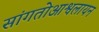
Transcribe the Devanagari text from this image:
सांगतोआश्वलायन